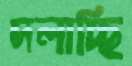
দলাচ্ছি